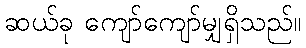
ဆယ်ခု ကျော်ကျော်မျှရှိသည်။